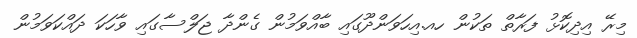
މިރޭ އިދިކޮޅު ފަރާތް ތަކުން ހއ.އިހަވަންދޫގައި ބާއްވަމުން ގެންދާ ޖަލްސާގައި ވާހަކަ ދައްކަވަމުން